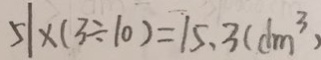
5 1 \times ( 3 \div 1 0 ) = 1 5 . 3 ( d m ^ { 3 } )